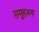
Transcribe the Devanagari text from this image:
समूहरूप